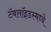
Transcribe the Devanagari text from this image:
टॅबलॉइडस्मध्ये